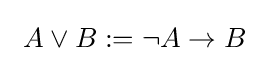
\ A\vee B:=\neg A\rightarrow B